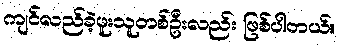
ကျင်လည်ခဲ့ဖူးသူတစ်ဦးလည်း ဖြစ်ပါတယ်။